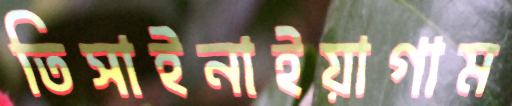
তিসাইনাইয়াগাম